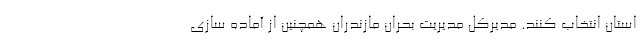
استان انتخاب کنند. مدیرکل مدیریت بحران مازندران همچنین از آماده سازی